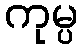
ကုမ္ပ